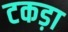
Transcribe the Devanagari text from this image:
टकड़ा